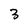
Character: 3